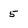
Character: 5